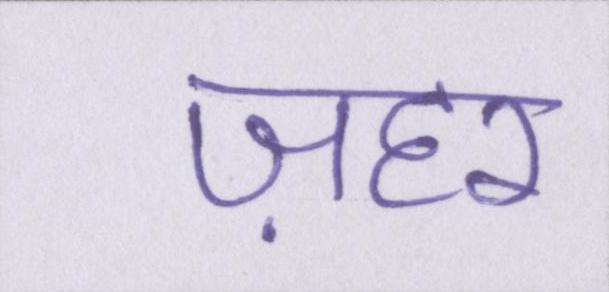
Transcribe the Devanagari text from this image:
ज़हर